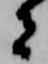
者